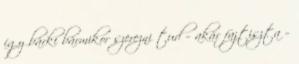
így bárki bármikor szerezni tud – akár fajtiszta –